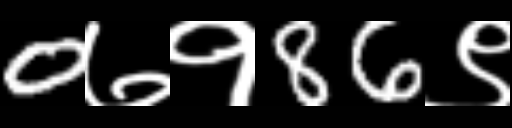
Text: 0७१86९